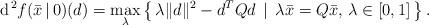
LaTeX: \begin{align*}{\rm d}^{\,2}f(\bar{x}\,|\,0)(d) = \max_{\lambda} \left\{\,\lambda \|d\|^2 - d^TQ d \,\mid\, \lambda\bar{x} = Q\bar{x}, \, \lambda\in [0,1]\,\right\}.\end{align*}